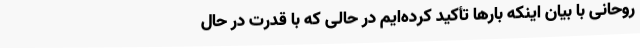
روحانی با بیان اینکه بارها تأکید کرده‌ایم در حالی که با قدرت در حال